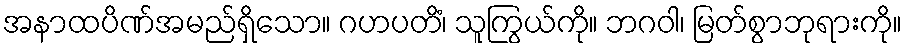
အနာထပိဏ်အမည်ရှိသော။ ဂဟပတိံ၊ သူကြွယ်ကို။ ဘဂဝါ၊ မြတ်စွာဘုရားကို။